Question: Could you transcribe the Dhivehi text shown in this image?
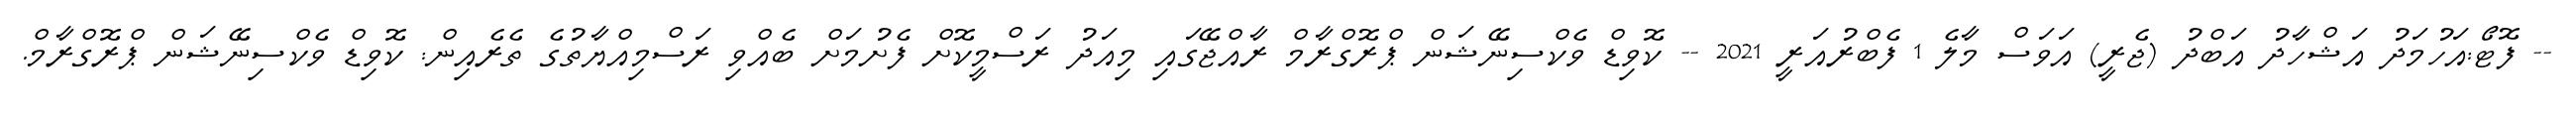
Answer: -- ފޮޓޯ:އަހުމަދު އަޝްހާދު އަބްދު (ޖެރީ) އަވަސް މާލެ 1 ފެބްރުއަރީ 2021 -- ކޮވިޑް ވެކްސިނޭޝަން ޕްރޮގްރާމް ރާއްޖޭގައި މިއަދު ރަސްމީކޮށް ފެށުމަށް ބެއްވި ރަސްމިއްޔާތުގެ ތެރެއިން: ކޮވިޑް ވެކްސިނޭޝަން ޕްރޮގްރާމް.